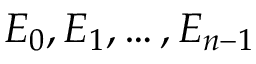
E _ { 0 } , E _ { 1 } , \dots , E _ { n - 1 }